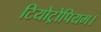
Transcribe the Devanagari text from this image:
टियोट्रोपियम।